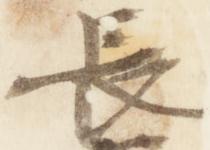
長